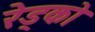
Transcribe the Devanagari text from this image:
रेड्को